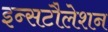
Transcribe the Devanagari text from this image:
इन्सटौलेशन